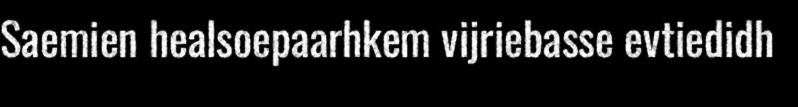
Saemien healsoepaarhkem vijriebasse evtiedidh